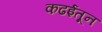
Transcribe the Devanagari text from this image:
कढईतून